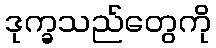
ဒုက္ခသည်တွေကို